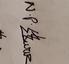
Signature authenticity: genuine